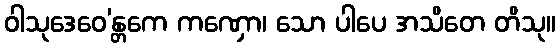
ဝါသုဒေဝေ’န္တကေ ကဏှော၊ သော ပါပေ အသိတေ တိသု။